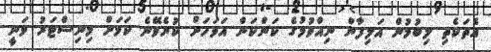
އެތަކެތި ލިބުމުން އަލިފާން ނިއްވުމުގެ ކަންކަން އަވަހަށް ކުރެވޭނެ ކަމަށް މިނިސްޓަރު ވަނީ